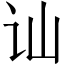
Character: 讪